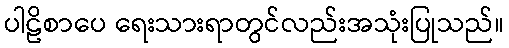
ပါဠိစာပေ ရေးသားရာတွင်လည်းအသုံးပြုသည်။